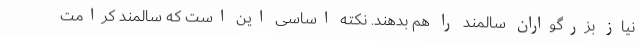
نیاز بزرگواران سالمند را هم بدهند. نکته اساسی این است که سالمند کرامت